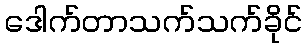
ဒေါက်တာသက်သက်ခိုင်